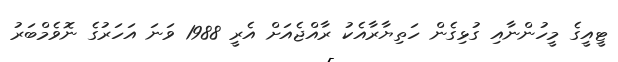
ޓީއީގެ މީހުންނާއި ގުޅިގެން ހަތިޔާރާއެކު ރާއްޖެއަށް އެރީ 1988 ވަނަ އަހަރުގެ ނޮވެމްބަރު